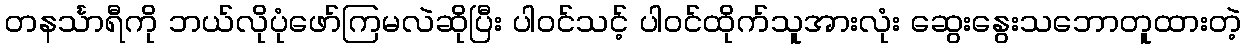
တနင်္သာရီကို ဘယ်လိုပုံဖော်ကြမလဲဆိုပြီး ပါဝင်သင့် ပါဝင်ထိုက်သူအားလုံး ဆွေးနွေးသဘောတူထားတဲ့